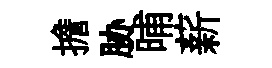
擔胁晡薪